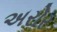
અરોર